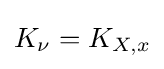
K_{\nu }=K_{X,x}